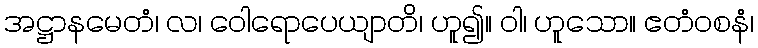
အဋ္ဌာနမေတံ၊ လ၊ ဝေါရောပေယျာတိ၊ ဟူ၍။ ဝါ၊ ဟူသော။ ဧတံဝစနံ၊